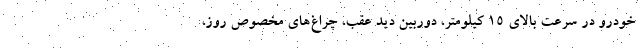
خودرو در سرعت بالای 15 کیلومتر، دوربین دید عقب، چراغ‌های مخصوص روز،